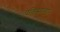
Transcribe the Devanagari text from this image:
पकिस्तानात